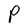
Character: P